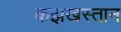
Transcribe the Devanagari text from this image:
कझखस्तान